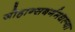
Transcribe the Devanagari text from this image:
जोहान्सबर्गमधल्या